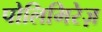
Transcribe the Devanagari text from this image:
पोलिमिरेज़